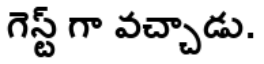
గెస్ట్ గా వచ్చాడు.